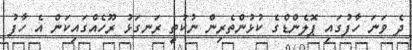
ދެ ވަނަ ހާފުގައި ޕޮލެންޑްގެ ކުޅުންތެރިން ނުކުތީ ރަނގަޅު ރޫހެއްގައިކަން އެ ހާފު